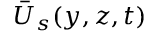
\overbar { U } _ { s } ( y , z , t )